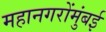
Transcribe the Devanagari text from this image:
महानगरोंमुंबई